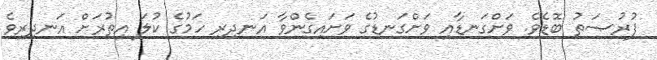
ފުރުޞަތު ބޮޑެވެ. ވަށްގަނޑާއި ވަށްގަނޑުގެ ވަށައިގެންވާ އަނދިރި ހަމުގެ ކުލަ އިތުރަށް އަނދިރިވެ